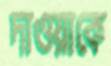
দাওয়াকে